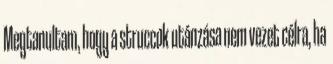
Megtanultam, hogy a struccok utánzása nem vezet célra, ha